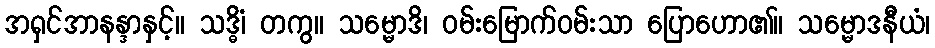
အရှင်အာနန္ဒာနှင့်။ သဒ္ဓိံ၊ တကွ။ သမ္မောဒိ၊ ဝမ်းမြောက်ဝမ်းသာ ပြောဟော၏။ သမ္မောဒနီယံ၊